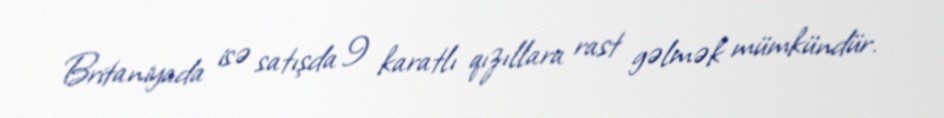
Britaniyada isə satışda 9 karatlı qızıllara rast gəlmək mümkündür.